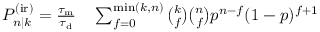
\begin{array} { r l } { P _ { n | k } ^ { \mathrm { ( i r ) } } = \frac { \tau _ { \mathrm { m } } } { \tau _ { \mathrm { d } } } } & { { } \sum _ { f = 0 } ^ { \operatorname* { m i n } ( k , n ) } \binom { k } { f } \binom { n } { f } p ^ { n - f } ( 1 - p ) ^ { f + 1 } } \end{array}